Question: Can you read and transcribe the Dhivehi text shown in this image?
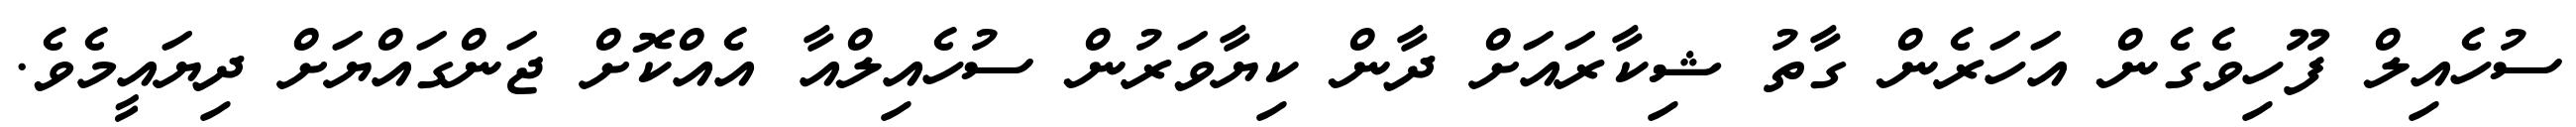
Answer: ސުހެއިލް ފޫހިވެގެން އަހަރެން ގާތު ޝިކާރައަށް ދާން ކިޔާވަރުން ސުހެއިލްއާ އެއްކޮށް ޖަންގައްޔަށް ދިޔައީމެވެ.